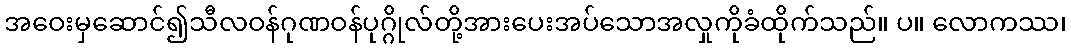
အဝေးမှဆောင်၍သီလဝန်ဂုဏဝန်ပုဂ္ဂိုလ်တို့အားပေးအပ်သောအလှုကိုခံထိုက်သည်။ ပ။ လောကဿ၊